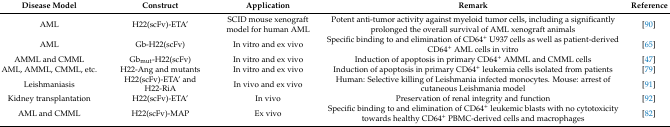
| Disease Model | Construct | Application | Remark | Reference |
 | --- | --- | --- | --- | --- |
 | AML | H22(scFv)-ETA’ | SCID mouse xenograft model for human AML | Potent anti-tumor activity against myeloid tumor cells, including a significantly prolonged the overall survival of AML xenograft animals | [90] |
 | AML | Gb-H22(scFv) | In vitro and ex vivo | Specific binding to and elimination of CD64+ U937 cells as well as patient-derived CD64+ AML cells in vitro | [65] |
 | AMML and CMML | Gbmut-H22(scFv) | In vitro and ex vivo | Induction of apoptosis in primary CD64+ AMML and CMML cells | [47] |
 | AML, AMML, CMML, etc. | H22-Ang and mutants | In vitro and ex vivo | Induction of apoptosis in primary CD64+ leukemia cells isolated from patients | [79] |
 | Leishmaniasis | H22(scFv)-ETA’ and H22-RiA | In vivo and ex vivo | Human: Selective killing of Leishmania infected monocytes. Mouse: arrest of cutaneous Leishmania model | [91] |
 | Kidney transplantation | H22(scFv)-ETA’ | In vivo | Preservation of renal integrity and function | [92] |
 | AML and CMML | H22(scFv)-MAP | Ex vivo | Specific binding to and elimination of CD64+ leukemic blasts with no cytotoxicity towards healthy CD64+ PBMC-derived cells and macrophages | [82] |